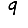
Digit: 9